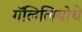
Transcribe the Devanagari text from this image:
गॅलिलियोचे